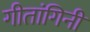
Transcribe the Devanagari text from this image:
गीतांगिनी